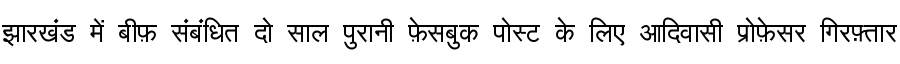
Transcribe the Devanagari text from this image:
झारखंड में बीफ़ संबंधित दो साल पुरानी फ़ेसबुक पोस्ट के लिए आदिवासी प्रोफ़ेसर गिरफ़्तार